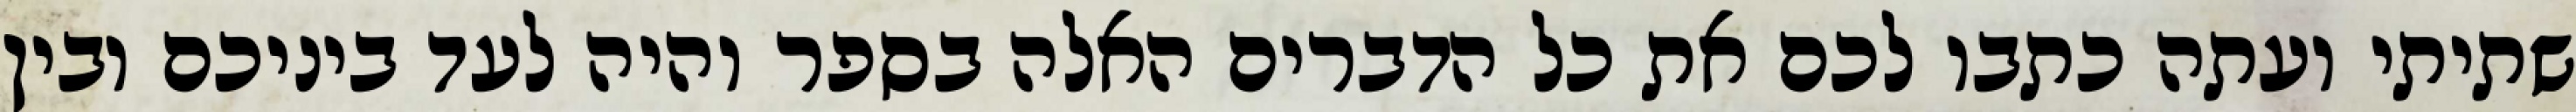
שתיתי ועתה כתבו לכם את כל הדברים האלה בספר והיה לעד ביניכם ובין